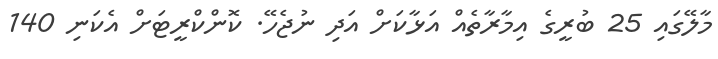
މާލޭގައި 25 ބުރީގެ އިމާރާތެއް އަޅާކަށް އަދި ނުޖެހޭ. ކޮންކްރީޓަށް އެކަނި 140